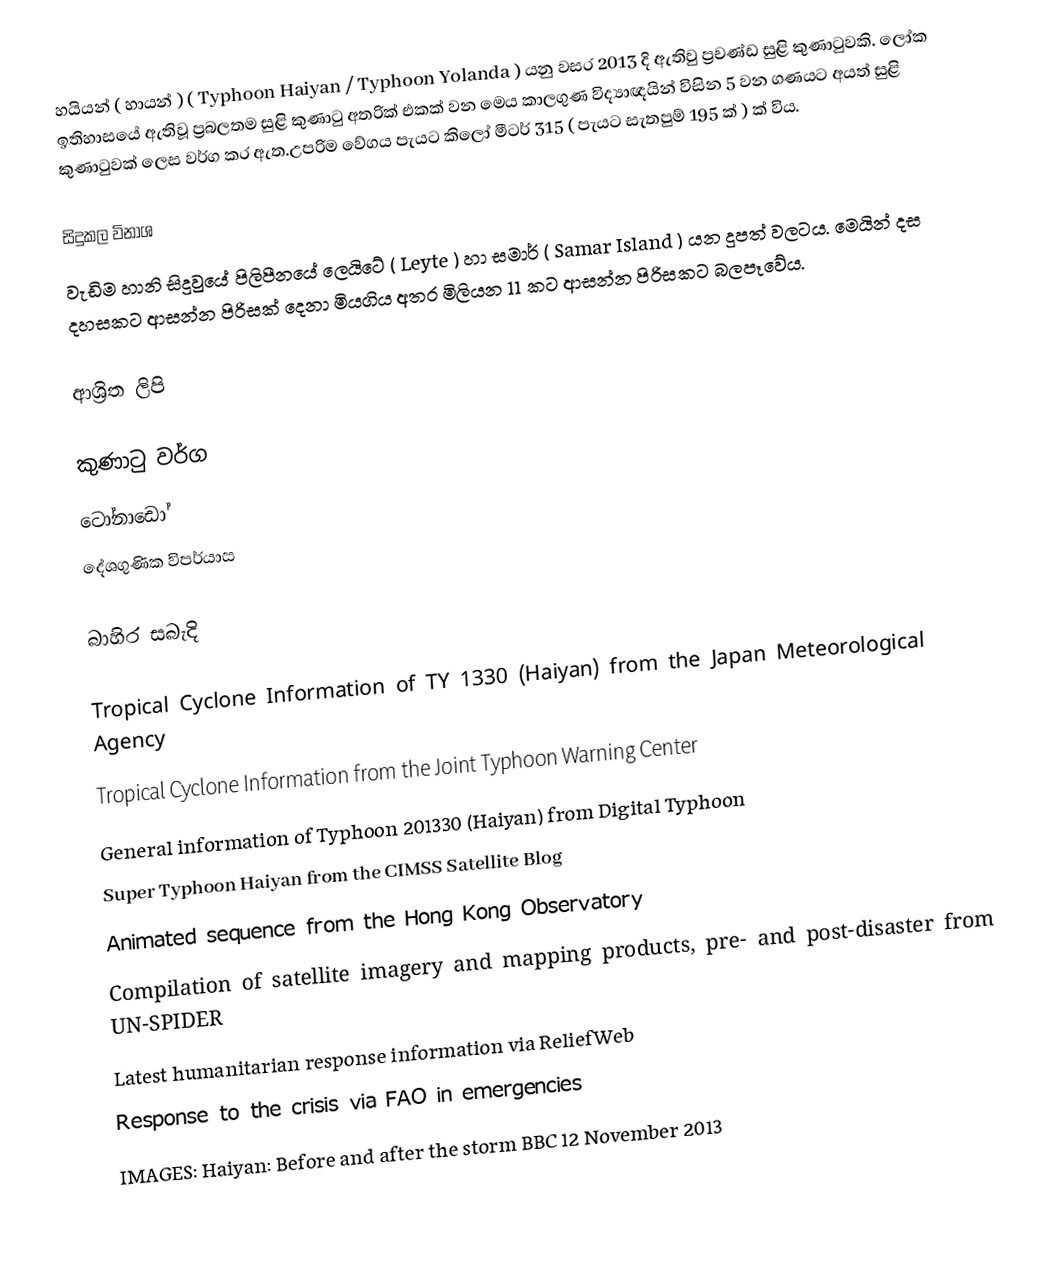
හයියන් ( හායන් ) ( Typhoon Haiyan / Typhoon Yolanda ) යනු වසර 2013 දි ඇතිවු  ප්‍රචණ්ඩ සුළි කුණාටුවකි. ලෝක ඉතිහාසයේ ඇතිවූ ප්‍රබලතම සුළි කුණාටු අතරික් එකක් වන මෙය කාලගුණ විද්‍යාඥයින් විසින  5 වන ගණයට අයත් සුළි කුණාටුවක් ලෙස වර්ග කර ඇත.උපරිම වේගය පැයට කිලෝ මීටර් 315  ( පැයට සැතපුම් 195 ක් ) ක් විය.

සිදුකල විනාශ
වැඩිම හානි සිදුවුයේ පිලිපීනයේ ලෙයිටේ ( Leyte ) හා සමාර් ( Samar Island ) යන දුපත් වලටය. මෙයින් දස දහසකට ආසන්න පිරිසක් දෙනා මියගිය අතර මිලියන 11 කට ආසන්න පිරිසකට බලපෑවේය.

ආශ්‍රිත ලිපි

කුණාටු වර්ග
ටෝනාඩෝ
දේශගුණික විපර්යාස

බාහිර සබැදි

Tropical Cyclone Information of TY 1330 (Haiyan) from the Japan Meteorological Agency
Tropical Cyclone Information from the Joint Typhoon Warning Center
General information of Typhoon 201330 (Haiyan) from Digital Typhoon
Super Typhoon Haiyan from the CIMSS Satellite Blog
Animated sequence from the Hong Kong Observatory
Compilation of satellite imagery and mapping products, pre- and post-disaster from UN-SPIDER
Latest humanitarian response information via ReliefWeb
Response to the crisis via FAO in emergencies
IMAGES: Haiyan: Before and after the storm BBC 12 November 2013